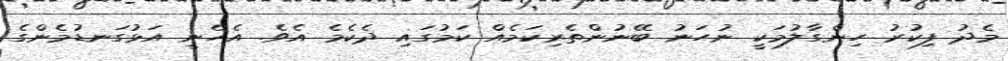
މެދު ފިކުރު ހިންގާލުމަކީ ނުހަނު ބޭނުންތެރިކަމެއް ކަމުގައި ދެކެމެ އެވެ. އެހެނީ އަޅުގަނޑުމެންގެ